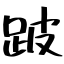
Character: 跛